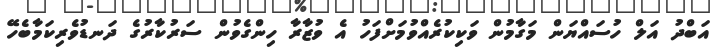
އަބްދު އަލް ހުސައްޔަން މަގާމުން ވަކިކުރެއްވުމަށްފަހު އެ ވުޒާރާ ހިންގެވުން ސަރުކާރުގެ ދަނޑުވެރިކަމާބެހޭ